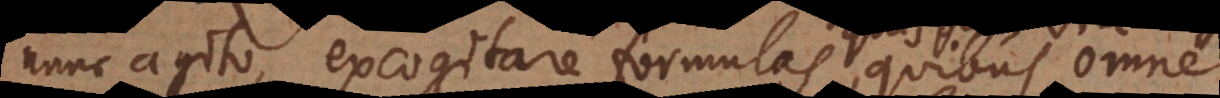
nunc agito, excogitare formulas quasdam